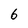
Character: 6